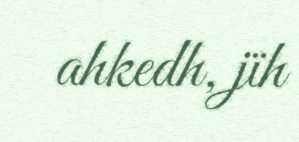
ahkedh, jïh